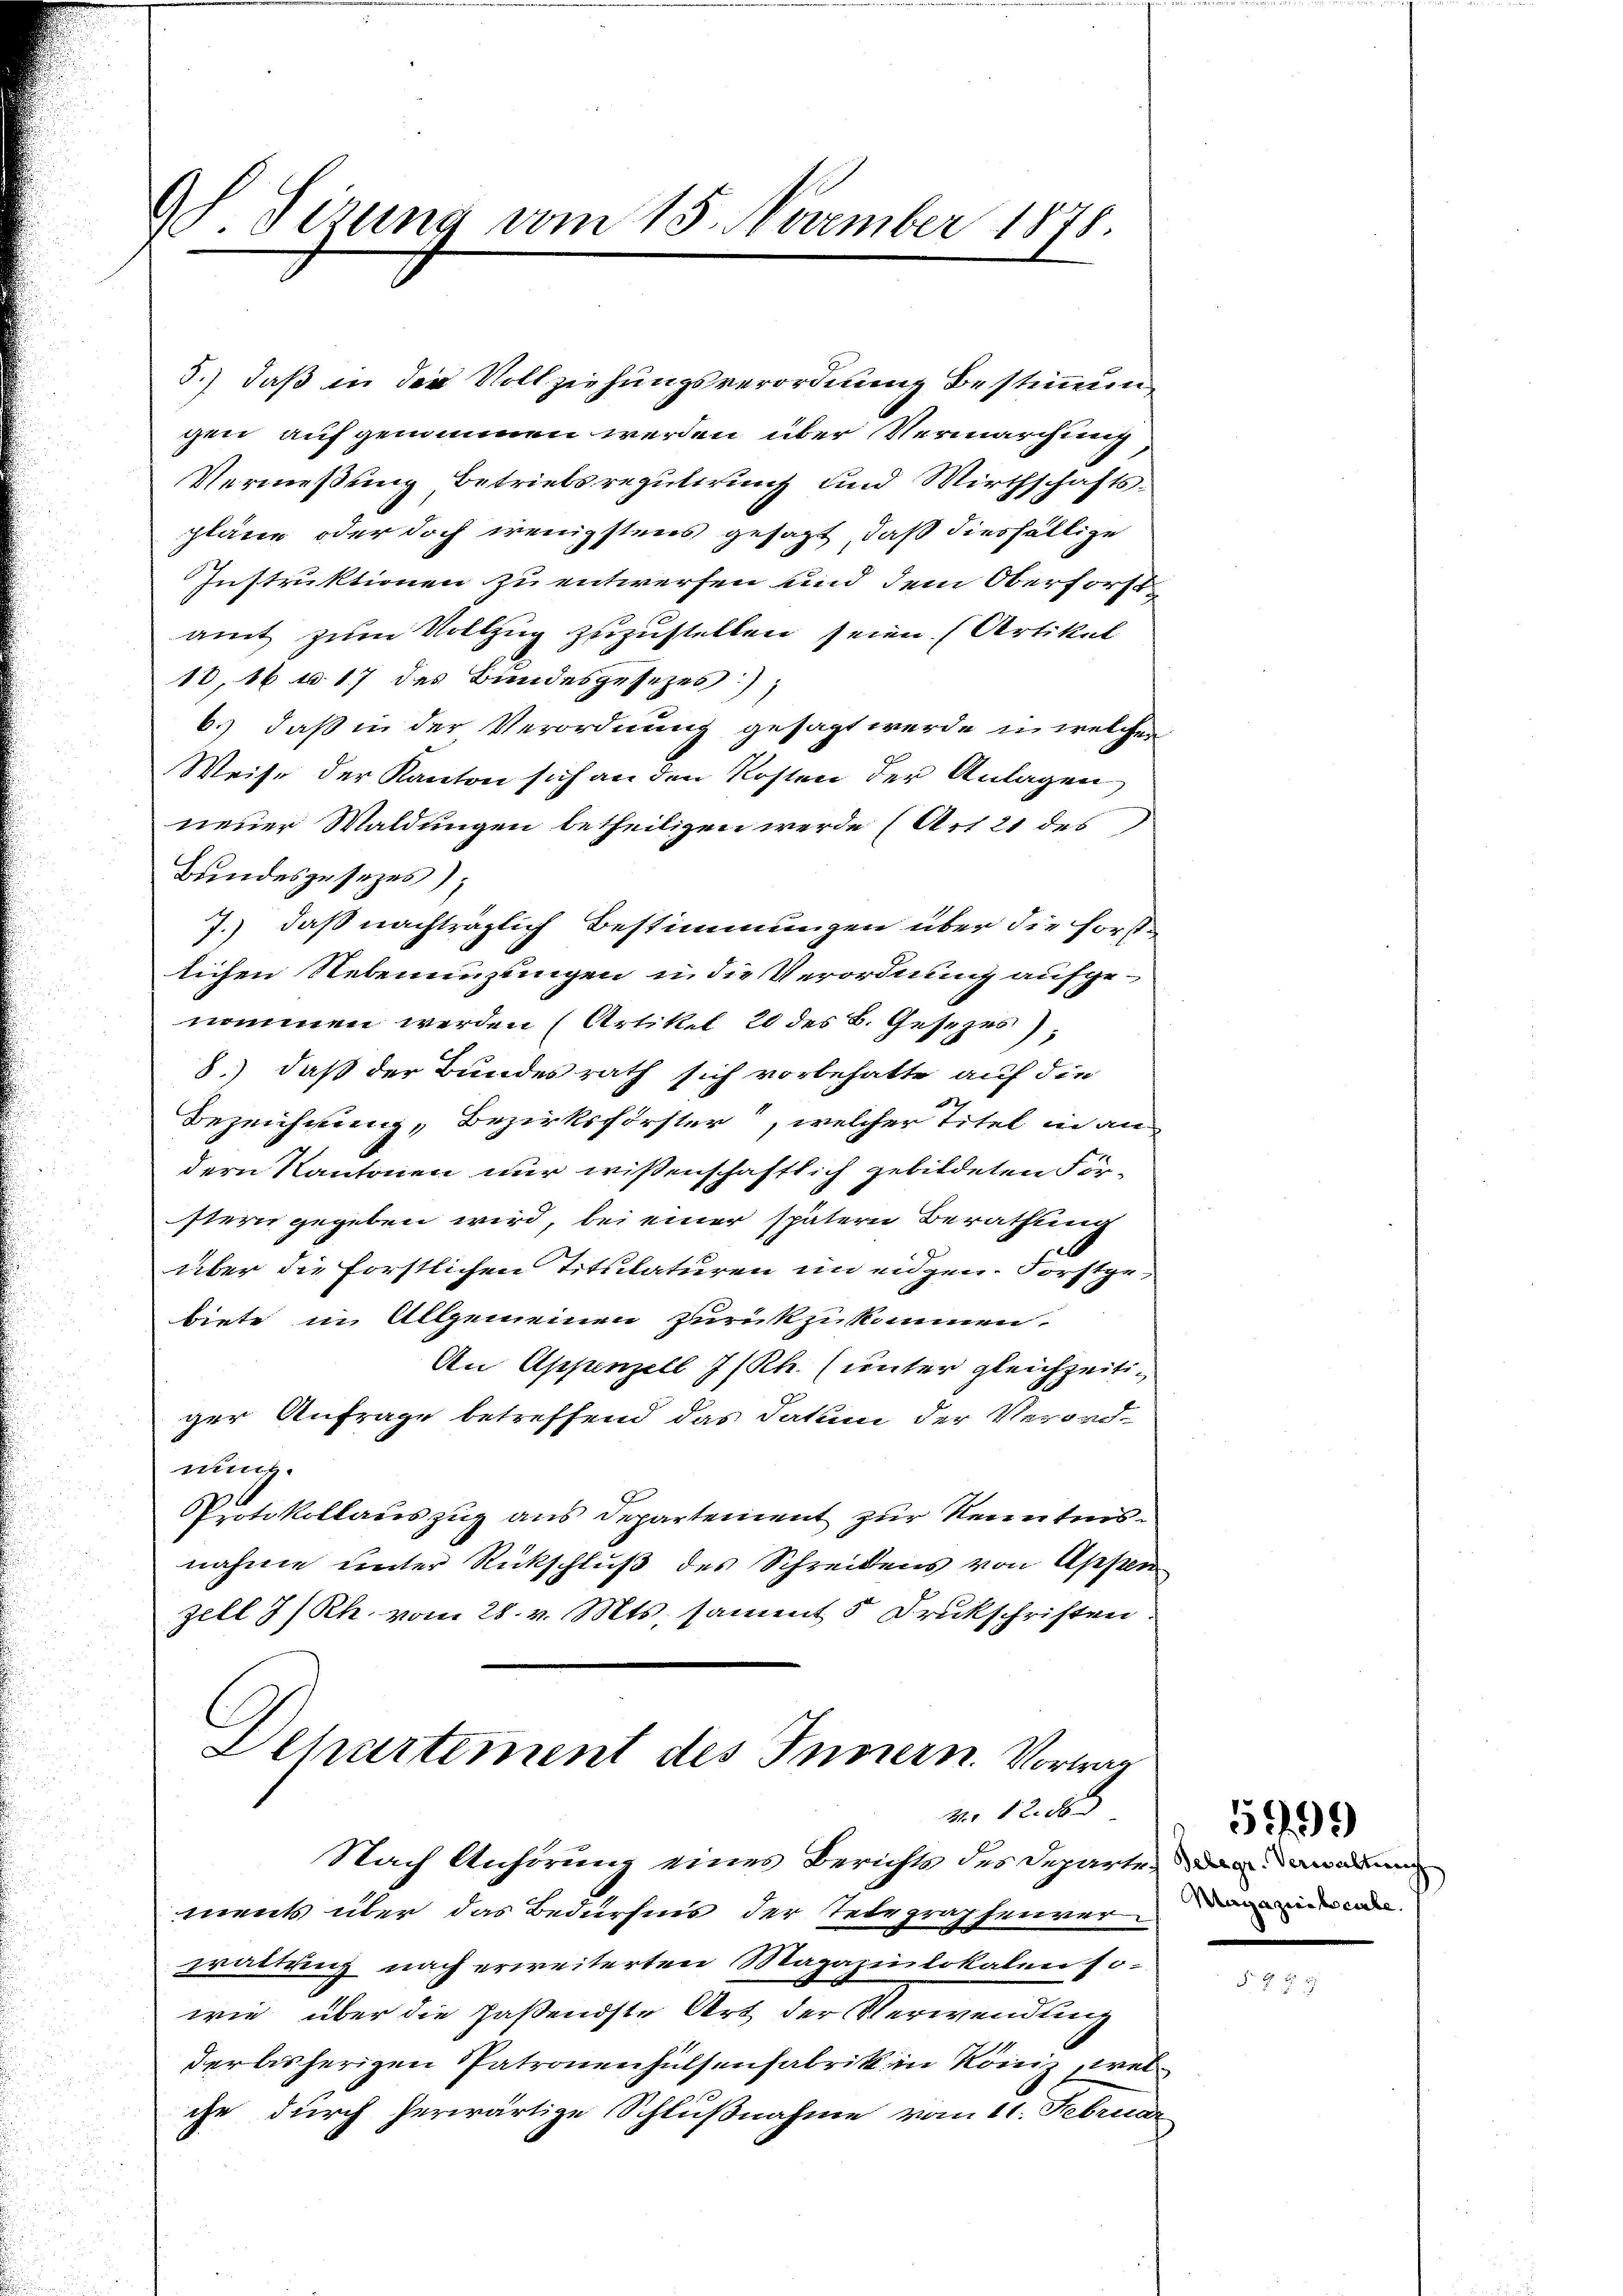
9 Sizung vom 15. November 1878.

5.) daß in der Vollziehungsverordnung bestimmungen aufgenommen werden über Vermarchung
Vermeßung Betriebsreputirung und Wirthschaftsplänen oder doch wenigstens gesagt, daß diesfällige
Instruktionen zu entwerfen und dem Oberforst
amt zum Vollzug zuzustellen seien. (Artikel
18, 16 f 17 des Bundesgesezes),
b.) daß in der Verordnung gesagt werde in welchen
Weise der Kanton sich an den Kosten der Anlagen
neuer Waldungen betheiligen werde (Art. 21 des
Bundesgesezes),
7.) daß nachträglich Bestimmungen über die Forstlichen Nebenenzungen in die Verordnung aufgenommen werden (Artikel 20 des B. Gesezes);
8.) daß der Bundesrath sich vorbehalte auf die
Bezeichnung, Bezirksförster“, welcher Titel in andern Kantonen nur wissenschaftlich gebildeten Förstern gegeben wird, bei einer spätern Berathung
über die Forstlichen Titulaturen in eidgen. Forstgebiete in Algemeinen zurückzukommen.
An Appenzell I/Rh. (unter gleichzeitiger Anfrage betreffend das Datum der Verordnung.
Protokollauszug aus Departement zur Kenntnisnahme unter Rückschluß des Schreibens von Appen
zell I/Rh. vom 28. v. Mts. sammt 5 Drukschriften.
Dehartement des Innern Vortrag

128
Nach Anhörung eines Berichts des Departe, da dan adm

ments über das Bedürfnis der Telegraphenverdina
wrattung nach erweiterten Magazinlokalen so-
wie über die paßendste Art der Verwendung
der bisherigen Patronenhülsenfabrik in Köniz, welche durch herwärtige Schlußnahme vom 11. Februar

5199